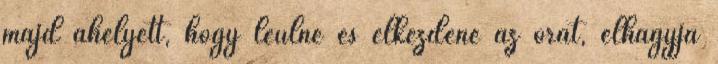
majd ahelyett, hogy leülne és elkezdené az órát, elhagyja